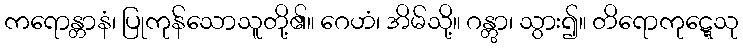
ကရောန္တာနံ၊ ပြုကုန်သောသူတို့၏။ ဂေဟံ၊ အိမ်သို့။ ဂန္တွာ၊ သွား၍။ တိရောကုဋ္ဋေသု